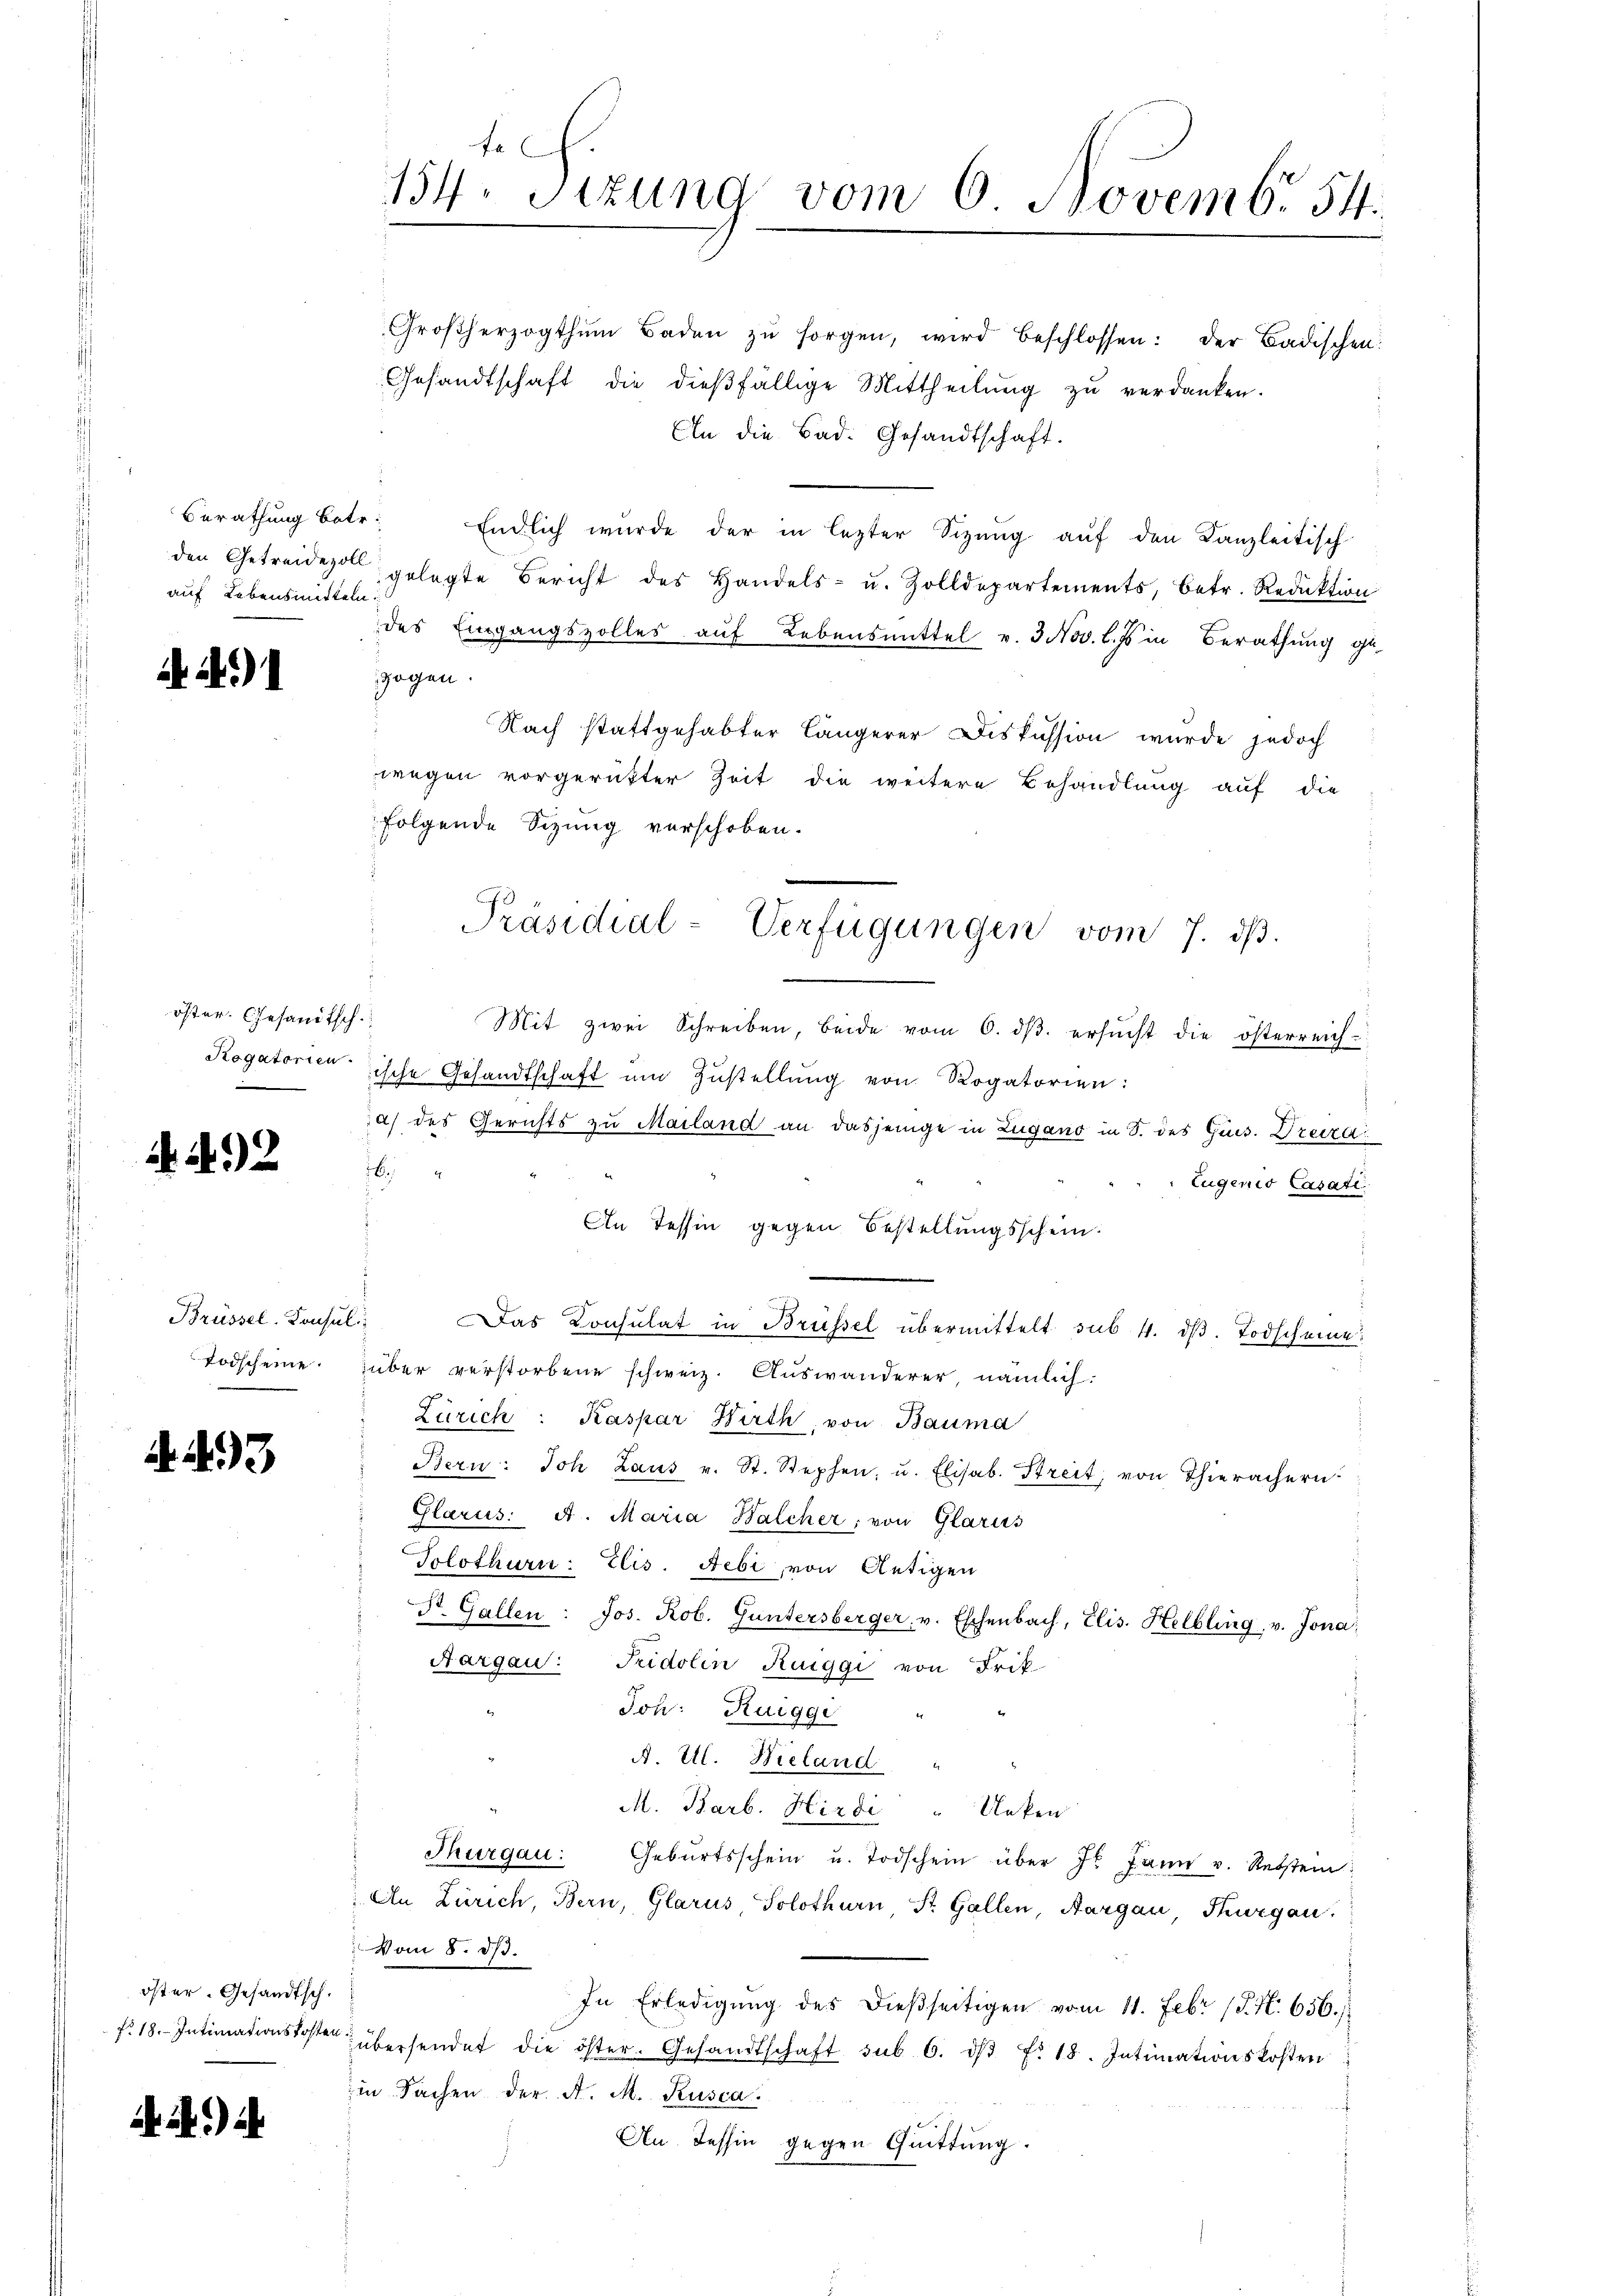
auf Lebensmitteln.

49)

öster. Gesandtsch.

292

Todscheine.

. 93

öster. Gesandtsch.

Ai) i

Großherzogthum Baden zŭ sorgen, wird beschlossen: der Badischen:
Gesandtschaft die dießfällige Mittheilŭng zŭ verdanken.
An die Bad. Gesandtschaft.
Berathung betr. Endlich wurde der in lezter Sizŭng auf den Kanzleitisch
den Getreide gelegte Bericht des Handels- u. Zolldepartements, betr. Reduktion
des Eingangsvolles auf Lebensmittel v. 3. Nov. l. Js in Berathung ge-
zogen.
Nach stattgehabter Längerer Diskussion wurde jedoch
wegen vorgerütter Zeit die weitere Behandlung auf die
folgende Sizung verschoben.
Mit zwei Schreiben, beide vom 6. dβ. ersŭcht die österreich
Rogatorienische Gesandtschaft ŭm Zŭstellŭng von Rogatorien:
a) des Gerichts zu Mailand an dasjenige in Zugano in S. des Gris. Dreiza
4
Eugenio Casati
An Tessin gegen Bestellungsschein.
Brüssel. Konsul: Das Konsulat in Brüssel übermittelt sub. 4. dß. Todscheine
über verstorbene schweiz. Auswanderer nämlich:
Zürich: Kaspar Hirth, von Bauma
Bern: Joh Laus v. St. Stephen, u. Elisab. Streit, von Thierachern
Glarus: A. Maria Balcher, von Glarus
Solothurn: Elis. Hebi, von Antigen
St. Gallen: Jos. Rob. Guntersberger, v. Eschenbach, Elis. Helbling, v. Jona;
Aargau: Fridolin Rueggi von Frik
Joh: Ruegge
A. Ill. Wieland
M. Barb. Hirdi " Unken
Thurgau: Gebŭrtsschein u. Todschein über J. Jann v. Rebstein
An Zürich, Bern, Glarus Solothurn St. Gallen, Aargau, Thurgau.
Vom 8. ds.
In Erledigung des dießseitigen vom 11. Febr. (T. N. 656.
f. 18. Intimationskosten übersendet die öster. Gesandtschaft sub 6. dβ f. 18. Intimationskosten
in Sachen der A. M. Rusca.
An Tessin gegen Quittung.

fa
134. Sizung vom 6 Novemb. 54.

Präsidial-Verfügungen vom 7. dβ.
n